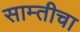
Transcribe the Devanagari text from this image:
साम्तीचा